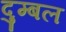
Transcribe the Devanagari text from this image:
दुम्बल